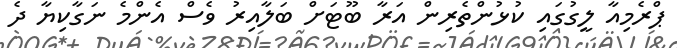
ޕްރެމިއާ ލީގުގައި ކުޅުންތެރިން އަރާ ބޫޓަށް ބަލާއިރު ވެސް އެންމެ ނަގާކިޔާ ދެ